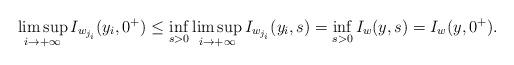
LaTeX: \begin{align*}\limsup_{i\to+\infty} I_{w_{j_i}}(y_i, 0^+) \leq \inf_{s>0}\limsup_{i\to+\infty} I_{w_{j_i}}(y_i, s) = \inf_{s>0} I_{w}(y, s) = I_{w}(y,0^+).\end{align*}